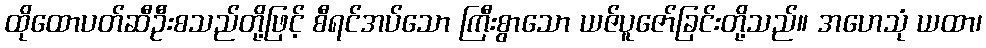
ထိုထောပတ်ဆီဦးစသည်တို့ဖြင့် စီရင်အပ်သော ကြီးစွာသော ယဇ်ပူဇော်ခြင်းတို့သည်။ အဟေသုံ ယထာ၊